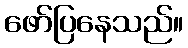
ဖော်ပြနေသည်။